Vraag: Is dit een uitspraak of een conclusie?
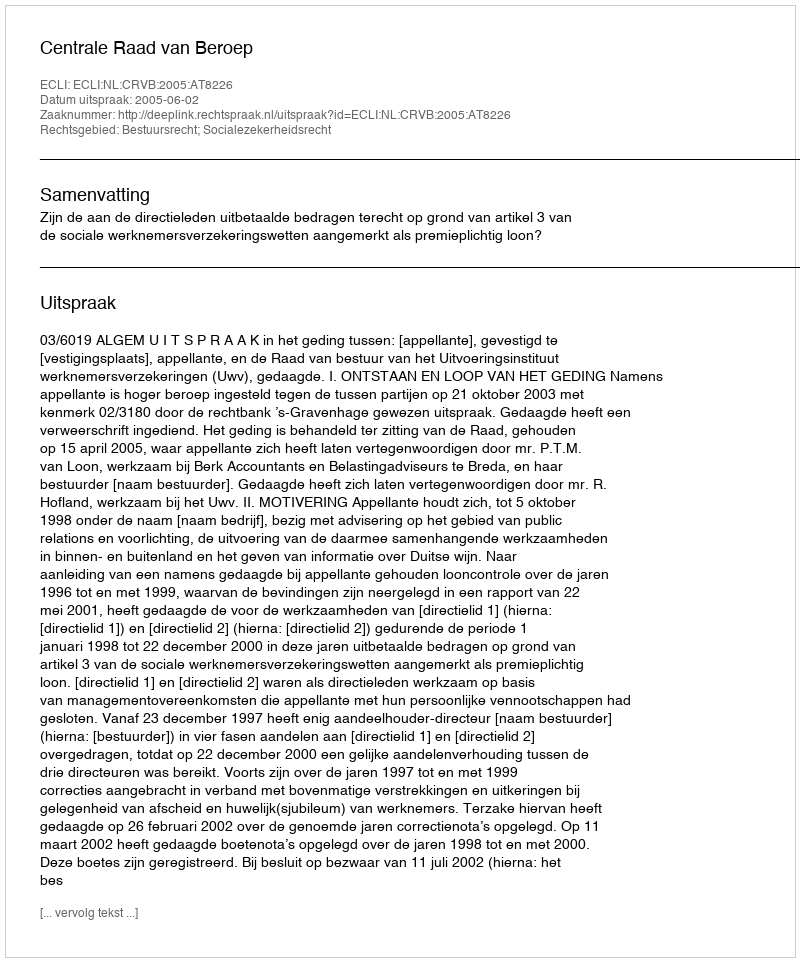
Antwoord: Uitspraak